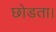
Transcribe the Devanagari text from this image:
छोडता।